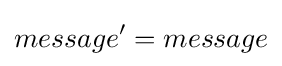
message'=message